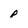
Character: p